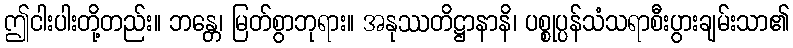
ဤငါးပါးတို့တည်း။ ဘန္တေ၊ မြတ်စွာဘုရား။ အနုဿတိဋ္ဌာနာနိ၊ ပစ္စုပ္ပန်သံသရာစီးပွားချမ်းသာ၏